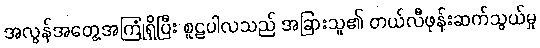
အလွန်အတွေ့အကြုံရှိပြီး စူဠပါလသည် အခြားသူ၏ တယ်လီဖုန်းဆက်သွယ်မှု